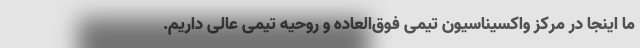
ما اینجا در مرکز واکسیناسیون تیمی فوق‌العاده و روحیه تیمی عالی داریم.